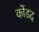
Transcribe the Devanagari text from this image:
कोंडद